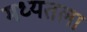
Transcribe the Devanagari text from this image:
मध्यतला